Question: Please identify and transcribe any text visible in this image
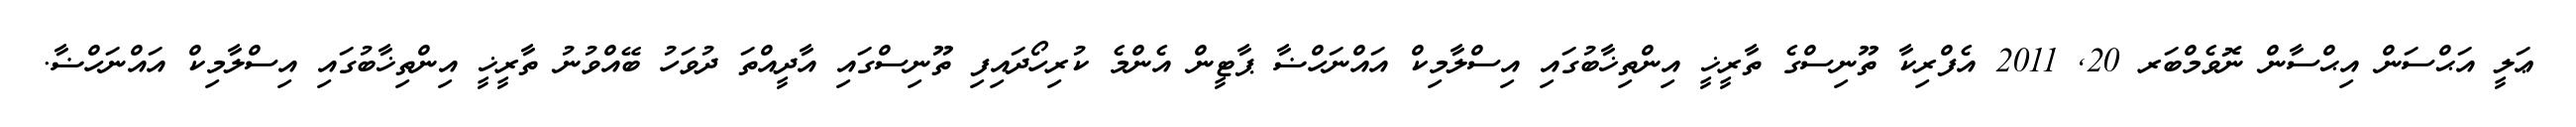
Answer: ޢަލީ އަޙްސަން އިޙްސާން ނޮވެމްބަރ 20, 2011 އެފްރިކާ ތޫނިސްގެ ތާރީޚީ އިންތިޚާބުގައި އިސްލާމިކް އައްނަހްޟާ ޕާޓީން އެންމެ ކުރިހޯދައިފި ތޫނިސްގައި އާދީއްތަ ދުވަހު ބޭއްވުނު ތާރީޚީ އިންތިޚާބުގައި އިސްލާމިކް އައްނަހްޟާ.